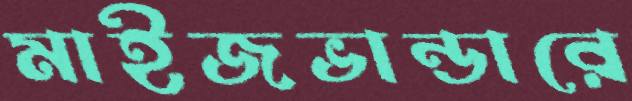
মাইজভান্ডারে